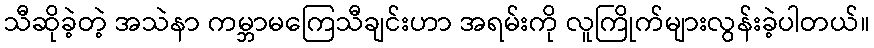
သီဆိုခဲ့တဲ့ အသဲနာ ကမ္ဘာမကြေသီချင်းဟာ အရမ်းကို လူကြိုက်များလွန်းခဲ့ပါတယ်။